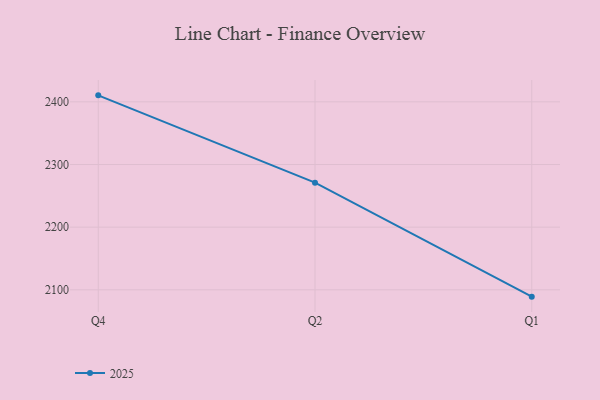
{"axis": {"x": "Quarter", "y": "Budget (USD K)"}, "legend": ["2025"], "data": [{"x": "Q4", "y": 2410.4, "type": "2025"}, {"x": "Q2", "y": 2271.0, "type": "2025"}, {"x": "Q1", "y": 2089.1, "type": "2025"}]}